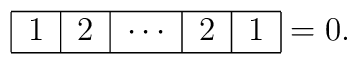
\begin{tabular}{|c|c|c|c|c|}\hline$1$ & $2$ & $\cdots $ & $2$ & $1$ \\ \hline\end{tabular}=0.